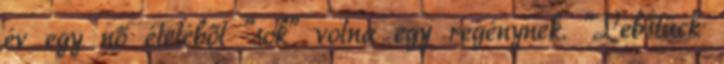
év egy nő életéből "sok" volna egy regénynek. "Lebstück